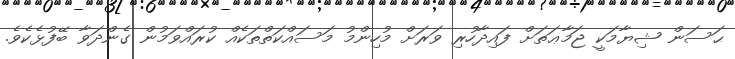
ޙަސަން ޝިޔާމަކީ ޖަމާޢަތަށް ފައިދާހުރި ވަރަށް މުހިންމު މަސައްކަތްތަކެއް ކުރައްވަމުން ގެންދަވާ ބޭފުޅެކެވެ.